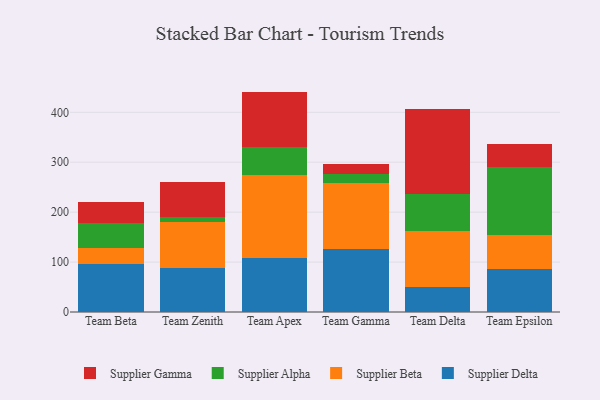
{"axis": {"x": "Team", "y": "Revenue (USD Million)"}, "legend": ["Supplier Alpha", "Supplier Beta", "Supplier Delta", "Supplier Gamma"], "data": [{"x": "Team Beta", "y": 95.9, "type": "Supplier Delta"}, {"x": "Team Beta", "y": 31.5, "type": "Supplier Beta"}, {"x": "Team Beta", "y": 51.8, "type": "Supplier Alpha"}, {"x": "Team Beta", "y": 40.4, "type": "Supplier Gamma"}, {"x": "Team Zenith", "y": 88.9, "type": "Supplier Delta"}, {"x": "Team Zenith", "y": 90.4, "type": "Supplier Beta"}, {"x": "Team Zenith", "y": 11.9, "type": "Supplier Alpha"}, {"x": "Team Zenith", "y": 68.5, "type": "Supplier Gamma"}, {"x": "Team Apex", "y": 108.0, "type": "Supplier Delta"}, {"x": "Team Apex", "y": 166.2, "type": "Supplier Beta"}, {"x": "Team Apex", "y": 56.1, "type": "Supplier Alpha"}, {"x": "Team Apex", "y": 111.2, "type": "Supplier Gamma"}, {"x": "Team Gamma", "y": 127.1, "type": "Supplier Delta"}, {"x": "Team Gamma", "y": 131.9, "type": "Supplier Beta"}, {"x": "Team Gamma", "y": 17.4, "type": "Supplier Alpha"}, {"x": "Team Gamma", "y": 20.2, "type": "Supplier Gamma"}, {"x": "Team Delta", "y": 49.1, "type": "Supplier Delta"}, {"x": "Team Delta", "y": 113.9, "type": "Supplier Beta"}, {"x": "Team Delta", "y": 72.4, "type": "Supplier Alpha"}, {"x": "Team Delta", "y": 171.2, "type": "Supplier Gamma"}, {"x": "Team Epsilon", "y": 87.1, "type": "Supplier Delta"}, {"x": "Team Epsilon", "y": 67.0, "type": "Supplier Beta"}, {"x": "Team Epsilon", "y": 136.9, "type": "Supplier Alpha"}, {"x": "Team Epsilon", "y": 45.1, "type": "Supplier Gamma"}]}